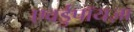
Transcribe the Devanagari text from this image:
एवर्डुपॉयज़ा